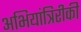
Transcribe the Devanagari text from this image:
अभियांत्रिरीकी